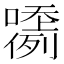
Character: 𡂲